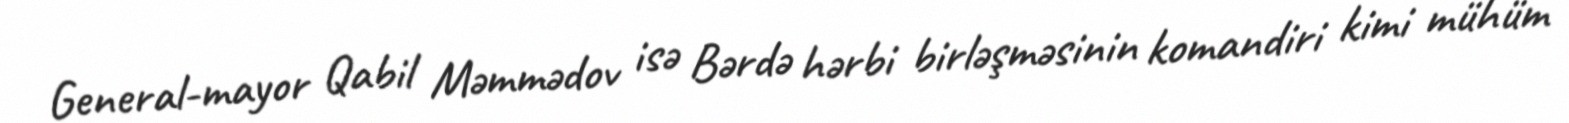
General-mayor Qabil Məmmədov isə Bərdə hərbi birləşməsinin komandiri kimi mühüm